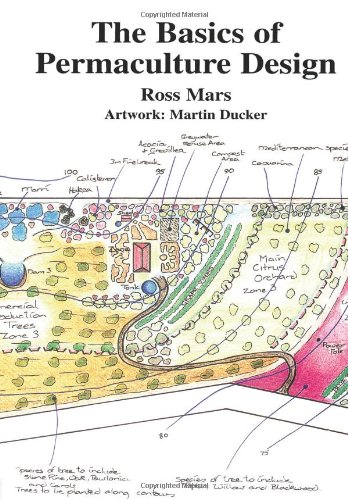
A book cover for The Basics of Permaculture Design; Ross Mars; Crafts, Hobbies & Home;